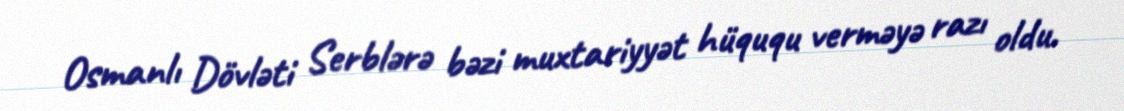
Osmanlı Dövləti Serblərə bəzi muxtariyyət hüququ verməyə razı oldu.